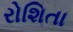
રોશિતા